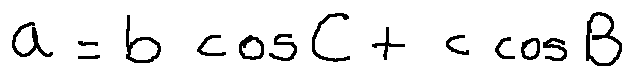
a = b \cos C + c \cos B